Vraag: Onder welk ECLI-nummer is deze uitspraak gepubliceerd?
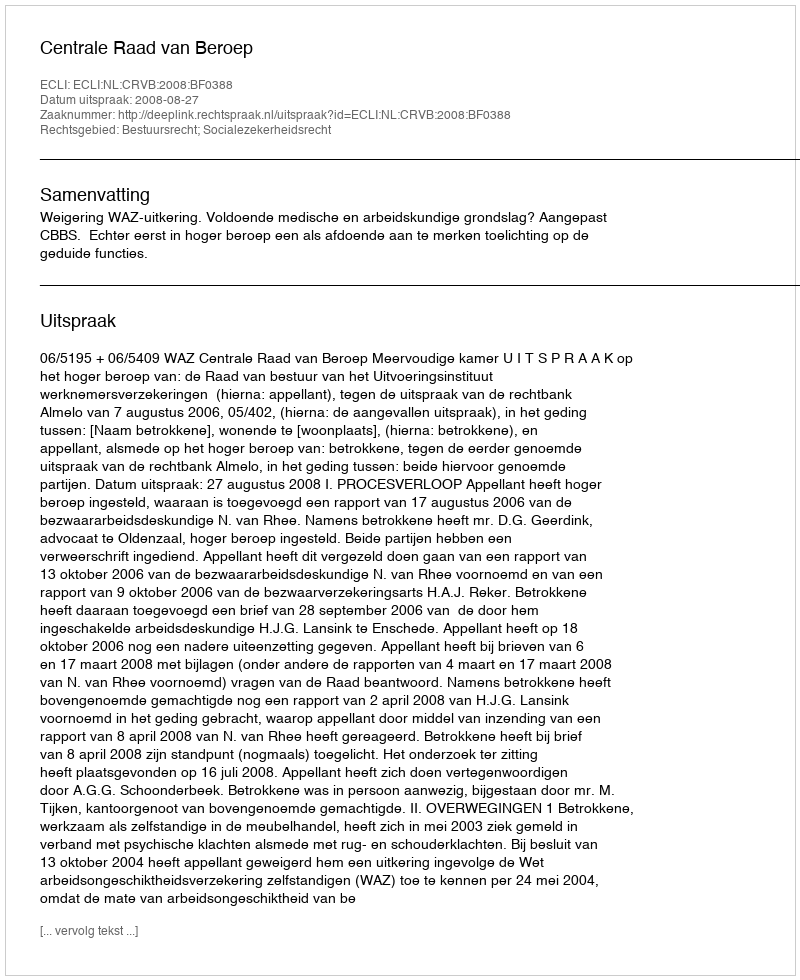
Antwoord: ECLI:NL:CRVB:2008:BF0388